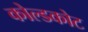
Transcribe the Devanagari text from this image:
कोल्डकोट